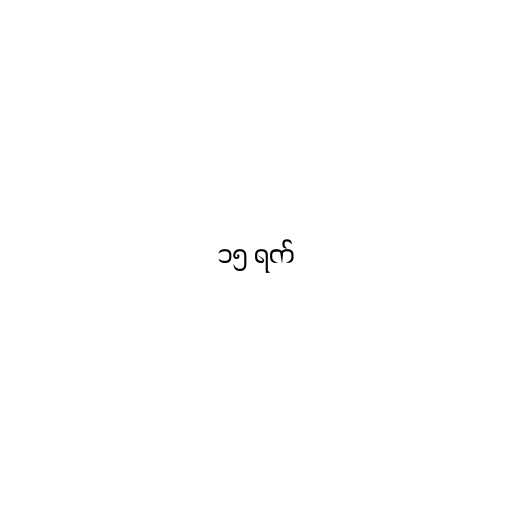
၁၅ ရက်